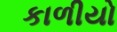
કાળીયો